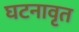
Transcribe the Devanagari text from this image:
घटनावृत